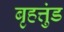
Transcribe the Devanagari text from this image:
बृहत्तुंड